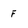
Character: f